Distribution and causation of leprosy in British India
Year: 1875
Disease focus: Leprosy
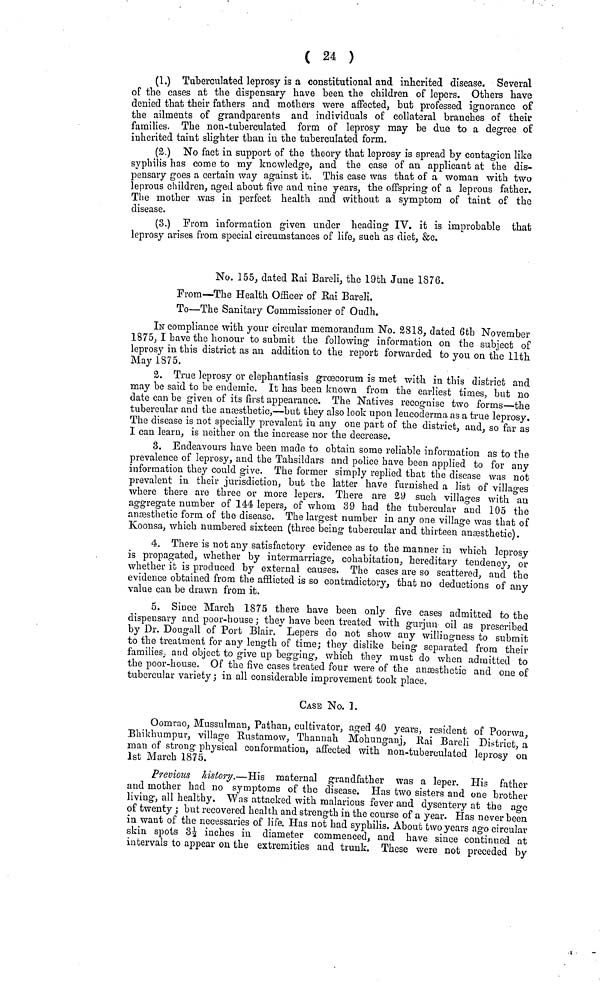
( 24 )
(1.) Tuberculated leprosy is a constitutional and inherited disease. Several
of the cases at the dispensary have been the children of lepers. Others have
denied that their fathers and mothers were affected, but professed ignorance of
the ailments of grandparents and individuals of collateral branches of their
families. The non-tuberculated form of leprosy may be due to a degree of
inherited taint slighter than in the tuberculated form.
(2.) No fact in support of the theory that leprosy is spread by contagion like
syphilis has come to my knowledge, and the case of an applicant at the dis-
pensary goes a certain way against it. This case was that of a woman with two
leprous children, aged about five and nine years, the offspring of a leprous father.
The mother was in perfect health and without a symptom of taint of the
disease.
(3.) From information given under heading IV. it is improbable that
leprosy arises from special circumstances of life, such as diet, &c.
No. 155, dated Rai Bareli, the 19th June 1876.
From—The Health Officer of Rai Bareli.
To—The Sanitary Commissioner of Oudh.
IN compliance with your circular memorandum No. 2818, dated 6th November
1875, I bave the honour to submit the following information on the subject of
leprosy in this district as an addition to the report forwarded to you on the 11th
May 1875.
2. True leprosy or elephantiasis grœcorum is met with in this district and
may be said to be endemic. It has been known from the earliest times, but no
date can be given of its first appearance. The Natives recognise two forms—the
tubercular and the anæsthetic,—but they also look upon leucoderma as a true leprosy.
The disease is not specially prevalent in any one part of the district, and, so far as
I can learn, is neither on the increase nor the decrease.
3. Endeavours have been made to obtain some reliable information as to the
prevalence of leprosy, and the Tahsildars and police have been applied to for any
information they could give. The former simply replied that the disease was not
prevalent in their jurisdiction, but the latter have furnished a list of villages
where there are three or more lepers. There are 29 such villages with an
aggregate number of 144 lepers, of whom 39 had the tubercular and 105 the
anæsthetic form of the disease. The largest number in any one village was that of
Koonsa, which numbered sixteen (three being tubercular and thirteen anæsthetic).
4. There is not any satisfactory evidence as to the manner in which leprosy
is propagated, whether by intermarriage, cohabitation, hereditary tendency, or
whether it is produced by external causes. The cases are so scattered, and the
evidence obtained from the afflicted is so contradictory, that no deductions of any
value can be drawn from it.
5. Since March 1875 there have been only five cases admitted to the
dispensary and poor-house ; they have been treated with gurjun oil as prescribed
by Dr. Dougall of Port Blair. Lepers do not show any willingness to submit
to the treatment for any length of time; they dislike being separated from their
families, and object to give up begging, which they must do when admitted to
the poor-house. Of the five cases treated four were of the anaesthetic and one of
tubercular variety; in all considerable improvement took place.
CASE No. 1.
Oomrao, Mussulman, Pathan, cultivator, aged 40 years, resident of Poorwa
Bhikhumpur, village Rustamow, Thannah Mohunganj, Rai Bareli District, a
man of strong physical conformation, affected with non-tuberculated leprosy on
1st March 1875.
Previous history.—His maternal grandfather was a leper. His father
and mother had no symptoms of the disease. Has two sisters and one brother
living, all healthy. Was attacked with malarious fever and dysentery at the age
of twenty ; but recovered health and strength in the course of a year. Has never been
in want of the necessaries of life. Has not had syphilis. About two years ago circular
skin spots 3½ inches in diameter commenced, and have since continued at
intervals to appear on the extremities and trunk. These were not preceded by